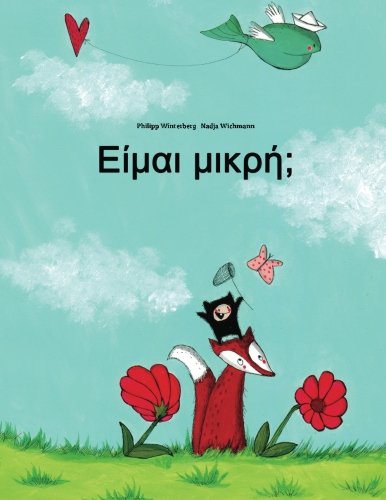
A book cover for Eimai mikre?: Mia Eikonoyrafemene istoria apo ton Philipp Winterberg kai ten Nadja Wichmann (Greek Edition); Philipp Winterberg; Children's Books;